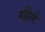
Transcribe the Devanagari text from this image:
मीले